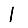
Digit: 1